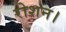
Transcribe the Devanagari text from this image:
रोशन।